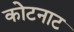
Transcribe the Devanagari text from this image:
कोटनाट